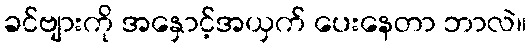
ခင်ဗျားကို အနှောင့်အယှက် ပေးနေတာ ဘာလဲ။